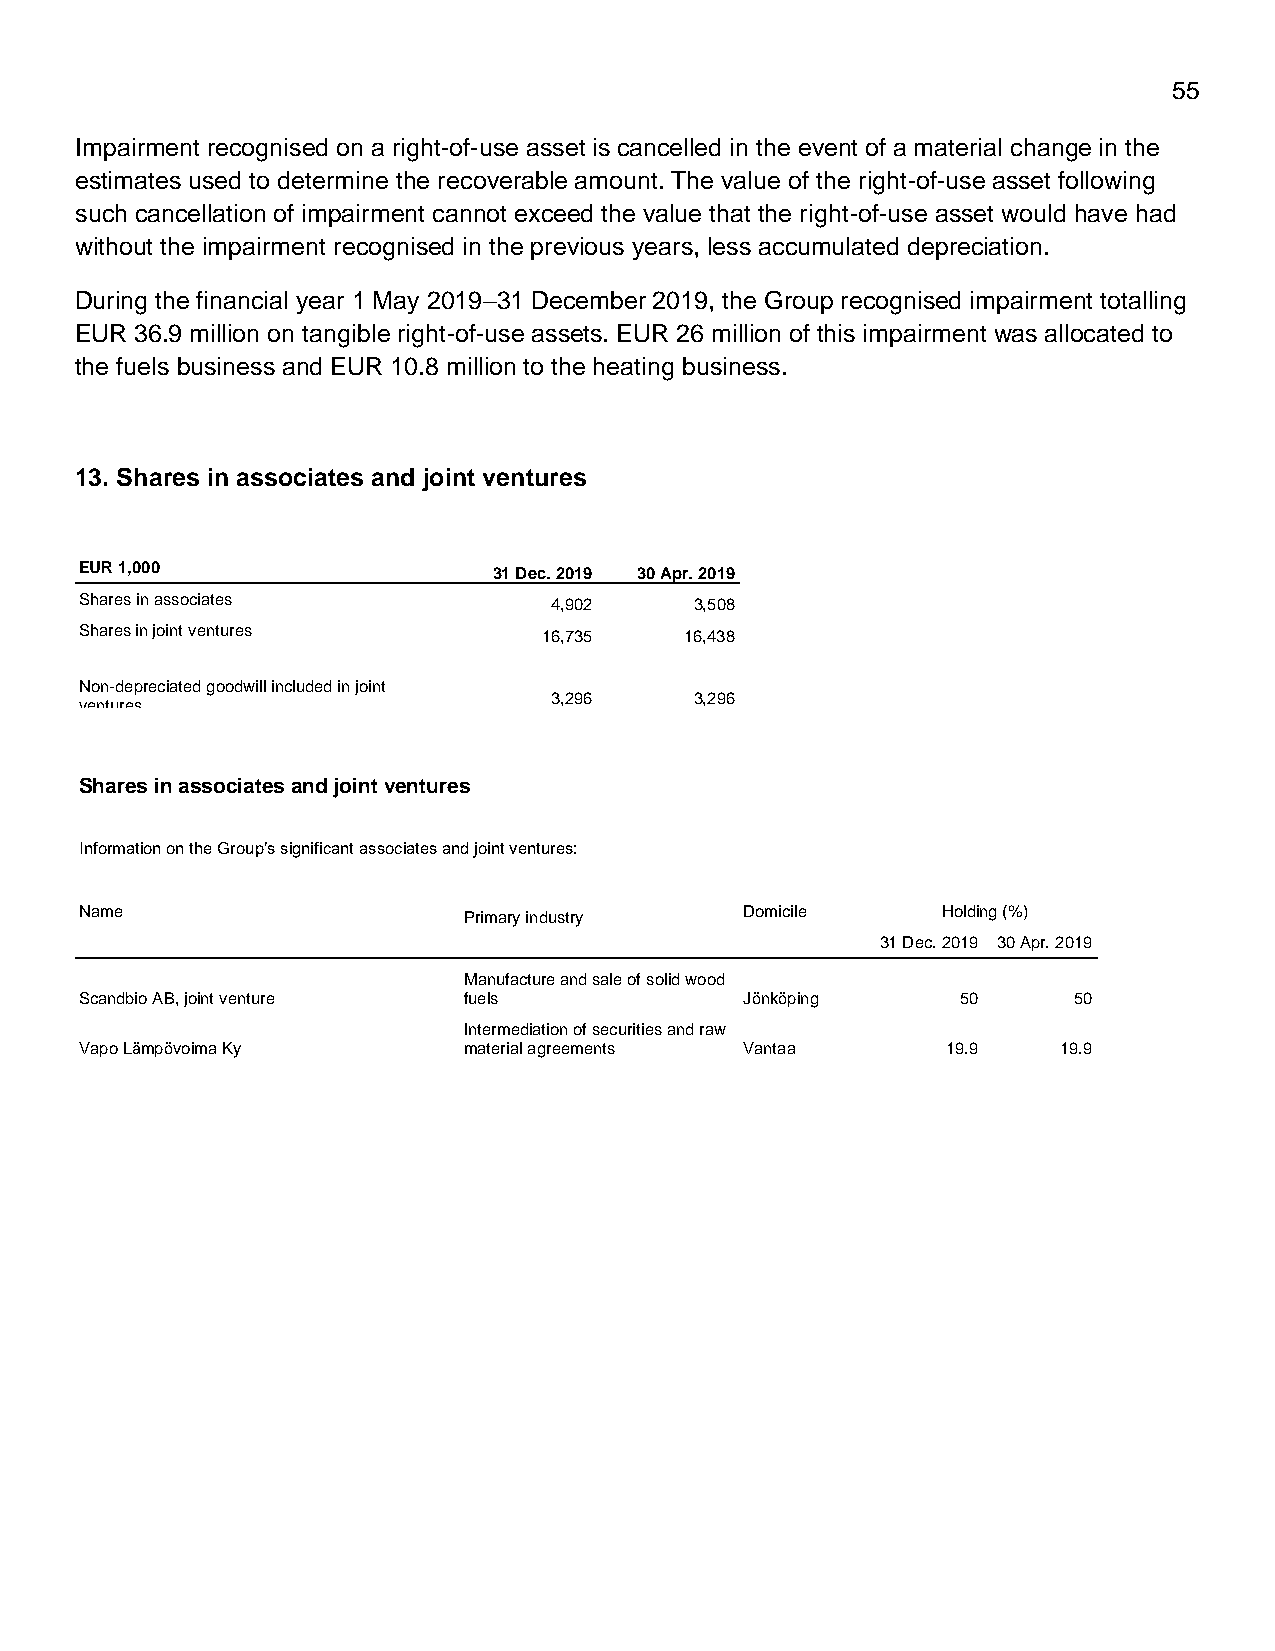
55
 Impairment recognised on a right-of-use asset is cancelled in the event of a material change in the
 estimates used to determine the recoverable amount. The value of the right-of-use asset following
 such cancellation of impairment cannot exceed the value that the right-of-use asset would have had
 without the impairment recognised in the previous years, less accumulated depreciation.
 During the financial year 1 May 2019–31 December 2019, the Group recognised impairment totalling
 EUR 36.9 million on tangible right-of-use assets. EUR 26 million of this impairment was allocated to
 the fuels business and EUR 10.8 million to the heating business.
 13. Shares in associates and joint ventures
 EUR 1,000                   31 Dec. 2019 30 Apr. 2019
 Shares in associates           4,902     3,508
 Shares in joint ventures       16,735   16,438
 Non-depreciated goodwill included in joint
 3,296     3,296
 ventures
 Shares in associates and joint ventures
 Information on the Group’s significant associates and joint ventures:
 Name                      Primary industry  Domicile     Holding (%)
 31 Dec. 2019 30 Apr. 2019
 Manufacture and sale of solid wood
 Scandbio AB, joint venture fuels            Jönköping      50     50
 Intermediation of securities and raw
 Vapo Lämpövoima Ky        material agreements Vantaa      19.9   19.9